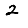
Digit: 2